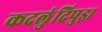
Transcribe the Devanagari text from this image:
कदलुंदिपुड़ा